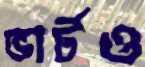
ভার্টও